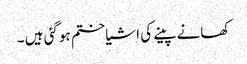
کھانے پینے کی اشیا ختم ہوگئی ہیں ۔